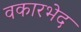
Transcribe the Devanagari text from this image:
वकारभेद